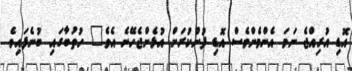
އޮޑި އުރިއްޖެ ނަމަ އެންމެންވެސް އޮޑި ފުންކުރަން އުޅެންޖެހޭނެ އެވެ" ހުތުބާގައި ބުނެފައިވެ